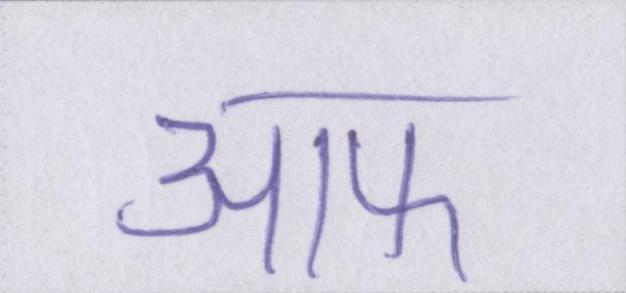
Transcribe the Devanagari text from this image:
आफ